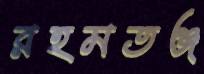
রহমতঞ্জ